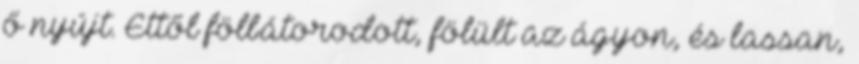
ő nyújt. Ettől fölbátorodott, fölült az ágyon, és lassan,